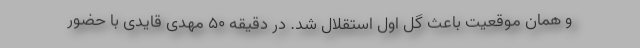
و همان موقعیت باعث گل اول استقلال شد. در دقیقه ۵۰ مهدی قایدی با حضور